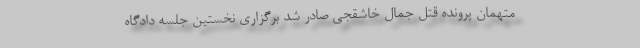
متهمان پرونده قتل جمال خاشقجی صادر شد برگزاری نخستین جلسه دادگاه